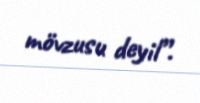
mövzusu deyil”.